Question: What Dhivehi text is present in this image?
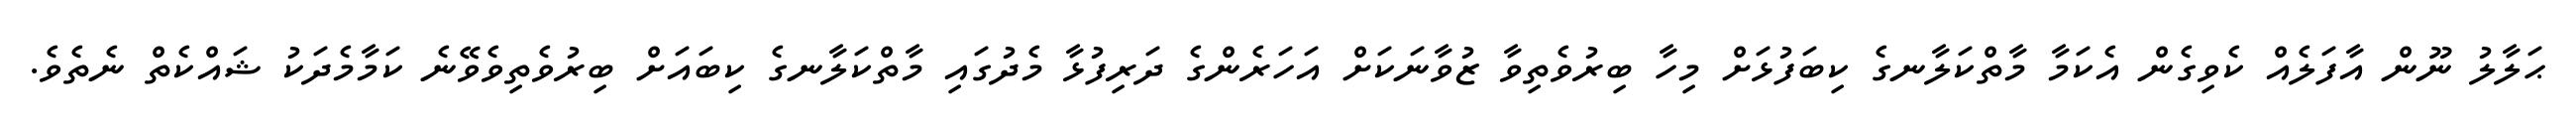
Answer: ޙަލާލު ނޫން އާފަލެއް ކެވިގެން އެކަމާ މާތްކަލާނގެ ކިބަފުޅަށް މިހާ ބިރުވެތިވާ ޒުވާނަކަށް އަހަރެންގެ ދަރިފުޅާ މެދުގައި މާތްކަލާނގެ ކިބައަށް ބިރުވެތިވެވޭނެ ކަމާމެދަކު ޝައްކެތް ނެތެވެ.